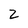
Character: 2